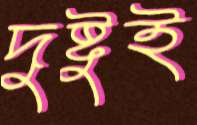
দুষ্টুই